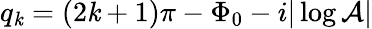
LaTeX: q_{\mathit{k}}=(2\mathit{k}+1)\pi-\Phi_{0}-i|\log\mathcal{{A}}|